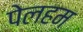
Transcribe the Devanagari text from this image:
पेलहम